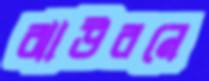
ঝাউবনে